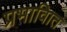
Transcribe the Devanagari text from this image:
प्रभावाित